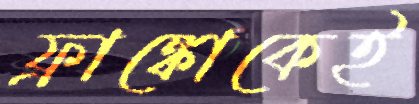
ফ্রাঙ্কোকেই